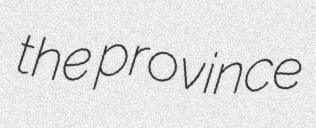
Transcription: the province